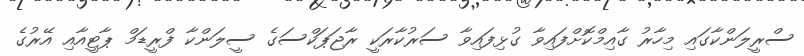
ސްރީލަންކާގައި މިހާރު ގާއިމްކޮށްފައިވާ ގުޅިފައިވާ ސަރުކާރަކީ ރާޖަޕަކްސަގެ ސީލަންކާ ފްރީޑަމް ޕާޓީއާއި އޭރުގެ